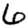
Digit: 6